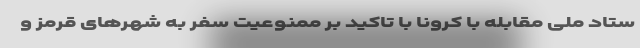
ستاد ملی مقابله با کرونا با تاکید بر ممنوعیت سفر به شهرهای قرمز و